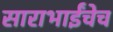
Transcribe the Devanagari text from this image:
साराभाईंचेच